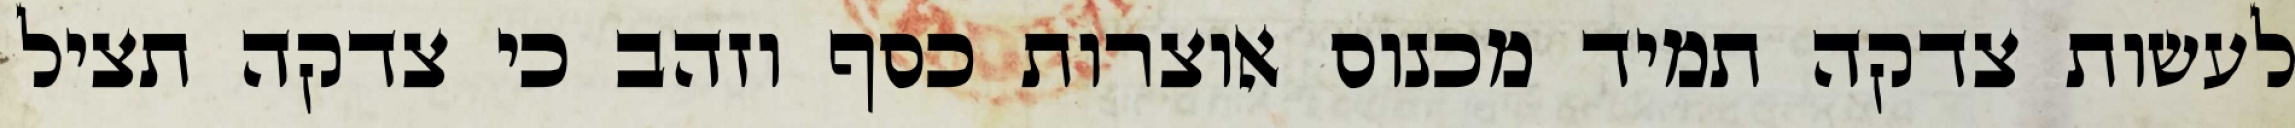
לעשות צדקה תמיד מכנוס אוצרות כסף וזהב כי צדקה תציל